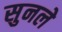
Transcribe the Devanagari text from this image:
सुनले